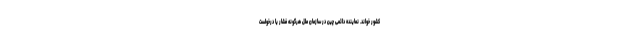
کشور خواند. نماینده دائمی چین در سازمان ملل هرگونه فشار یا درخواست